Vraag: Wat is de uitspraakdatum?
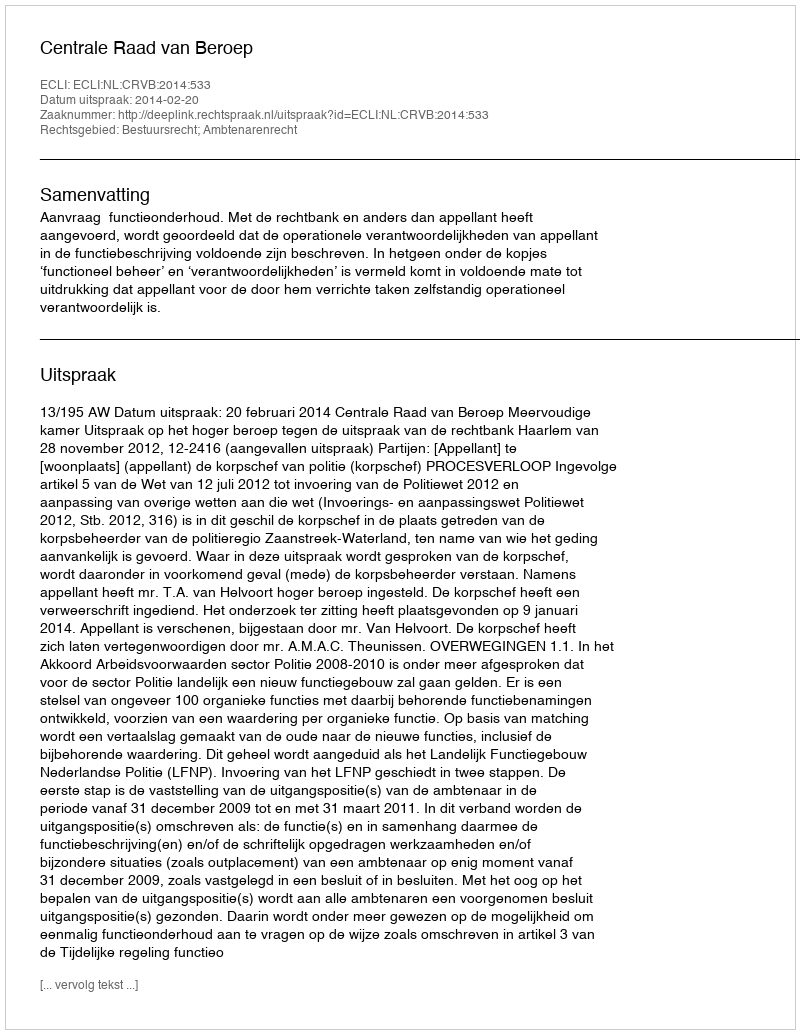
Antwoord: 2014-02-20